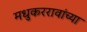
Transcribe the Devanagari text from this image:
मधुकररावांच्या